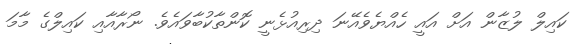
ކައިލް ލުޒާން އަށް އައީ ހެއްޔެވެއޭނަ ދިރިއުޅެނީ ކޮންތާކުބާވައެވެ. ނޯރާއާއި ކައިލްގެ މާމަ